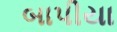
બાપીયા